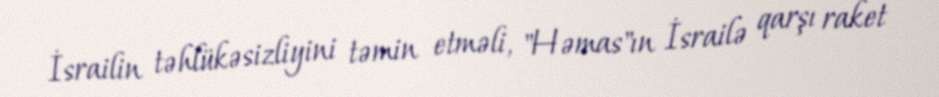
İsrailin təhlükəsizliyini təmin etməli, "Həmas"ın İsrailə qarşı raket